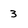
Character: 3